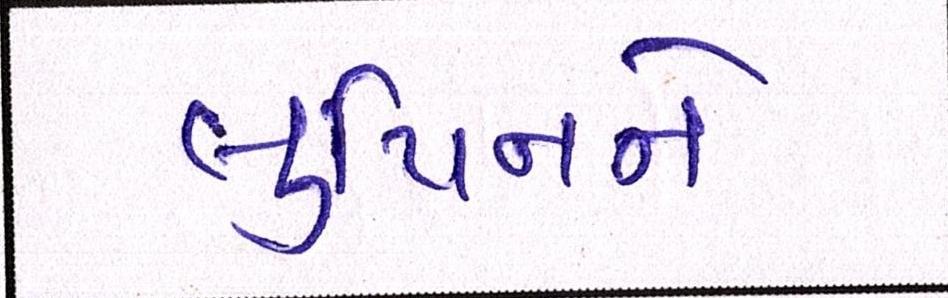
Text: લુપિનને